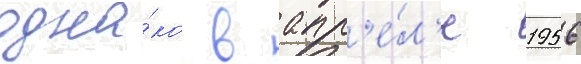
одна́ко в апр'е́л'е 1956